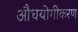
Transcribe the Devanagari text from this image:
औधयोगीकरण